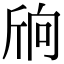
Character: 𣂝